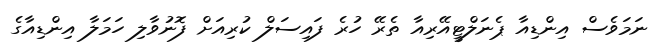
ނަމަވެސް އިންޑިއާ ޕެނަލްޓީއޭރިއާ ތެރޭ ހުރެ ފައިސަލް ކުރިއަށް ފޮނުވާލި ހަމަލާ އިންޑިއާގެ